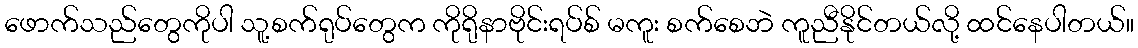
ဖောက်သည်တွေကိုပါ သူ့စက်ရုပ်တွေက ကိုရိုနာဗိုင်းရပ်စ် မကူး စက်စေဘဲ ကူညီနိုင်တယ်လို့ ထင်နေပါတယ်။